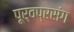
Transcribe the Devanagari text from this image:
पूर्वप्रसंग